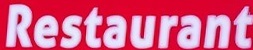
Restaurant